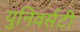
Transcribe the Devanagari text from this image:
युनिवर्सटी